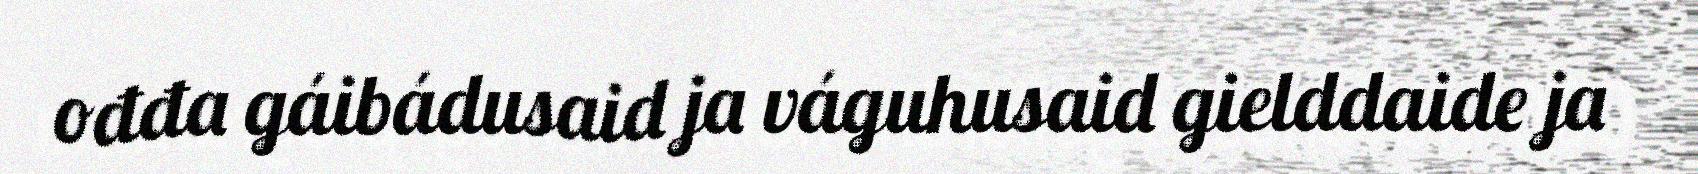
ođđa gáibádusaid ja váguhusaid gielddaide ja